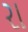
રા